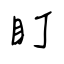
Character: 盯